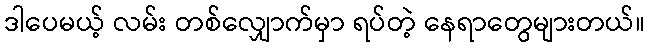
ဒါပေမယ့် လမ်း တစ်လျှောက်မှာ ရပ်တဲ့ နေရာတွေများတယ်။